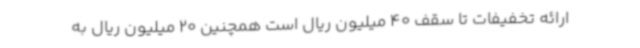
ارائه تخفیفات تا سقف 40 میلیون ریال است همچنین 20 میلیون ریال به